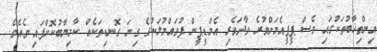
އިންތިޚާބުތަކުގައި ވެސް ޕީޕީއެމަށްވުރެ ވާދަވެރި އެމްޑީޕީން ފުވައްމުލަކުގެ ގިނަ ގޮނޑިތަކެއް ކާމިޔާބުކޮށްފައި ވެއެވެ.